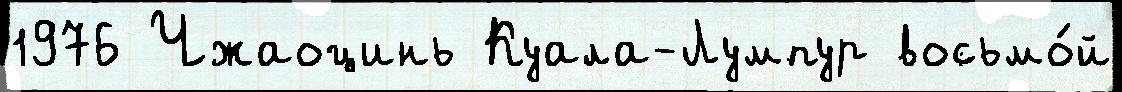
1976 Чжаоцинь Куала-Лумпур восьмо́й